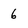
Character: 6